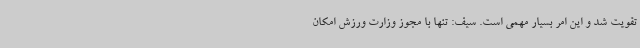
تقویت شد و این امر بسیار مهمی است. سیف: تنها با مجوز وزارت ورزش امکان